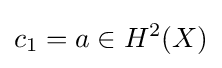
c_{1}=a\in H^{2}(X)